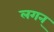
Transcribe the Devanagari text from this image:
लगन्